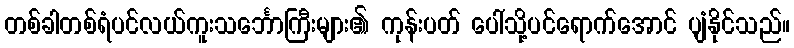
တစ်ခါတစ်ရံပင်လယ်ကူးသင်္ဘောကြီးများ၏ ကုန်းပတ် ပေါ်သို့ပင်ရောက်အောင် ပျံနိုင်သည်။